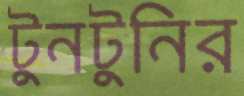
টুনটুনির